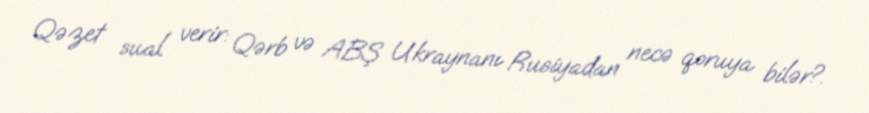
Qəzet sual verir: Qərb və ABŞ Ukraynanı Rusiyadan necə qoruya bilər?.